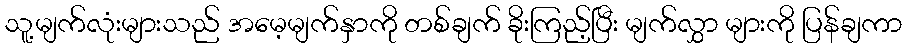
သူ့မျက်လုံးများသည် အမေ့မျက်နှာကို တစ်ချက် ခိုးကြည့်ပြီး မျက်လွှာ များကို ပြန်ချကာ